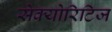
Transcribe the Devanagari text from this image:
सेक्योरिटिज